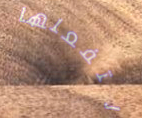
لتفعلها